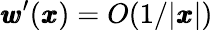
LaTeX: {\pmb w}^{\prime}({\pmb x})=O(1/|{\pmb x}|)